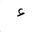
Letter: _hamza